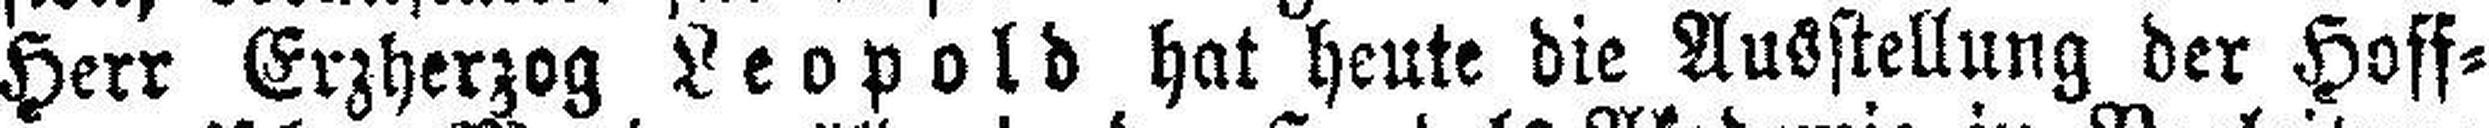
Herr Erzherzog Leopold hat heute die Ausstellung der Hoff¬